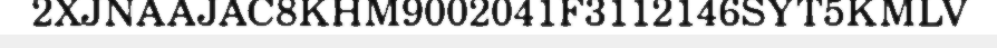
2XJNAAJAC8KHM9002041F3112146SYT5KMLV